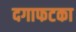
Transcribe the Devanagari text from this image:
दगाफटका